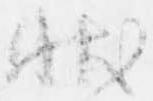
状